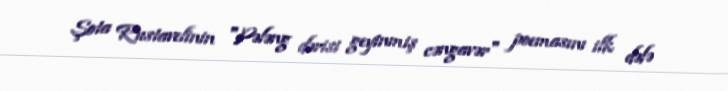
Şota Rustavelinin "Pələng dərisi geyinmiş cəngavər" poemasını ilk dəfə